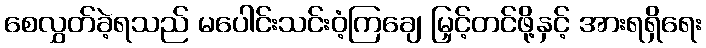
စေလွှတ်ခဲ့ရသည် မပေါင်းသင်းဝံ့ကြချေ မြှင့်တင်ဖို့နှင့် အားရရှိရေး